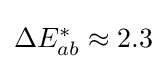
{\textstyle \Delta E_{ab}^{*}\approx 2.3}